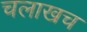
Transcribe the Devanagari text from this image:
चलाखच